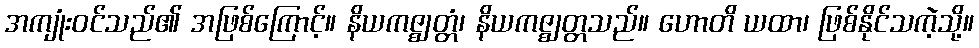
အကျုံးဝင်သည်၏ အဖြစ်ကြောင့်။ နိယကဇ္ဈတ္တံ၊ နိယကဇ္ဈတ္တသည်။ ဟောတိ ယထာ၊ ဖြစ်နိုင်သကဲ့သို့။